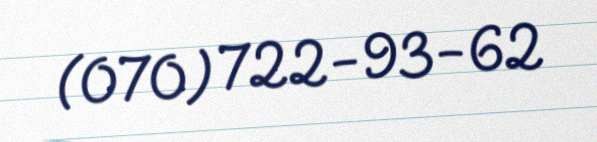
(070) 722-93-62